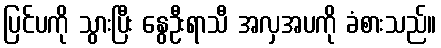
ပြင်ပကို သွားပြီး နွေဦးရာသီ အလှအပကို ခံစားသည်။